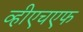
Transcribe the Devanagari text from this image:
व्हीएचएफ